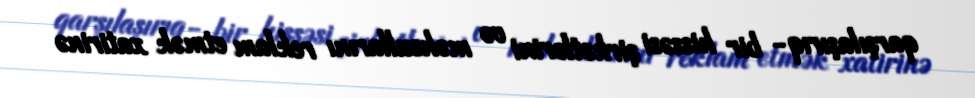
qarşılaşırıq- bir hissəsi şirkətlərini və məhsullarını reklam etmək xatirinə